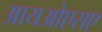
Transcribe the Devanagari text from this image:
आयओएसए